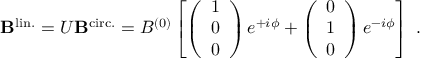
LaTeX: { \bf B } ^ { \mathrm { l i n . } } = U { \bf B } ^ { \mathrm { c i r c . } } = B ^ { ( 0 ) } \left[ \left( \begin{array} { l } { { 1 } } \\ { { 0 } } \\ { { 0 } } \end{array} \right) e ^ { + i \phi } + \left( \begin{array} { l } { { 0 } } \\ { { 1 } } \\ { { 0 } } \end{array} \right) e ^ { - i \phi } \right] \ .